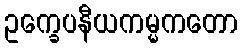
ဥက္ခေပနီယကမ္မကတော